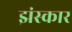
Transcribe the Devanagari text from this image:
झंस्कार